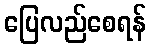
ပြေလည်စေရန်